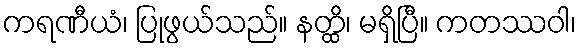
ကရဏီယံ၊ ပြုဖွယ်သည်။ နတ္ထိ၊ မရှိပြီ။ ကတဿဝါ၊